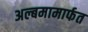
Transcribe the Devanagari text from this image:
अल्बमामार्फत